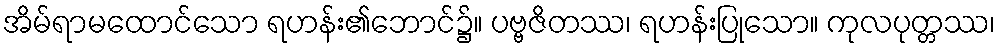
အိမ်ရာမထောင်သော ရဟန်း၏ဘောင်၌။ ပဗ္ဗဇိတဿ၊ ရဟန်းပြုသော။ ကုလပုတ္တဿ၊